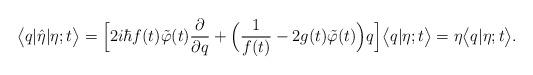
LaTeX: \begin{align*}\bigl<q| \hat{\eta}|\eta;t\bigr>=\Bigl[2i\hbar f(t)\tilde{\varphi}(t) \frac{\partial}{\partial q}+\Bigl(\frac{1}{f(t)}-2g(t)\tilde{\varphi}(t)\Bigr)q\Bigr]\bigl<q|\eta;t\bigr>=\eta\bigl<q|\eta;t\bigr>.\end{align*}